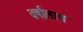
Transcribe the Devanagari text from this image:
वर्षालाच